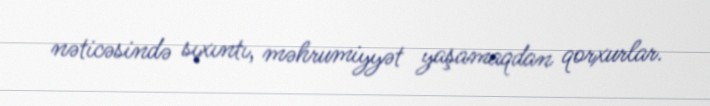
nəticəsində sıxıntı, məhrumiyyət yaşamaqdan qorxurlar.